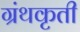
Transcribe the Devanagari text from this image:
ग्रंथकृती